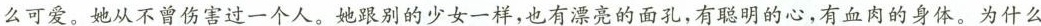
么可爱。她从不曾伤害过一个人。她跟别的少女一样，也有漂亮的面孔，有聪明的心，有血肉的身体。为什么